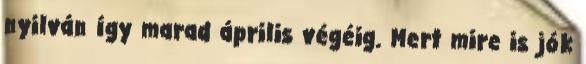
nyilván így marad április végéig. Mert mire is jók